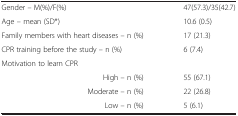
<table><thead><tr><td><b> </b></td><td><b> </b></td></tr></thead><tbody><tr><td>Gender – M(%)/F(%)</td><td>47(57.3)/35(42.7)</td></tr><tr><td>Age – mean (SD*)</td><td>10.6 (0.5)</td></tr><tr><td>Family members with heart diseases – n (%)</td><td>17 (21.3)</td></tr><tr><td>CPR training before the study – n (%)</td><td>6 (7.4)</td></tr><tr><td>Motivation to learn CPR</td><td> </td></tr><tr><td>High – n (%)</td><td>55 (67.1)</td></tr><tr><td>Moderate – n (%)</td><td>22 (26.8)</td></tr><tr><td>Low – n (%)</td><td>5 (6.1)</td></tr></tbody></table>